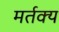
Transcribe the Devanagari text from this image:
मर्तक्य